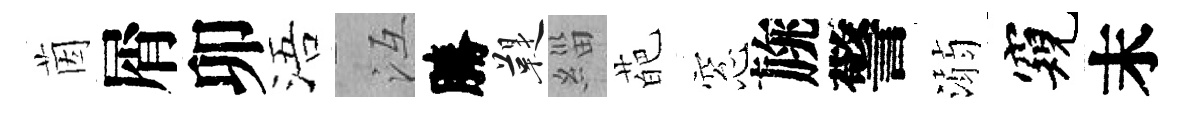
茵屑卯浯冱勝鞮緇葩窓旐警溺窺末